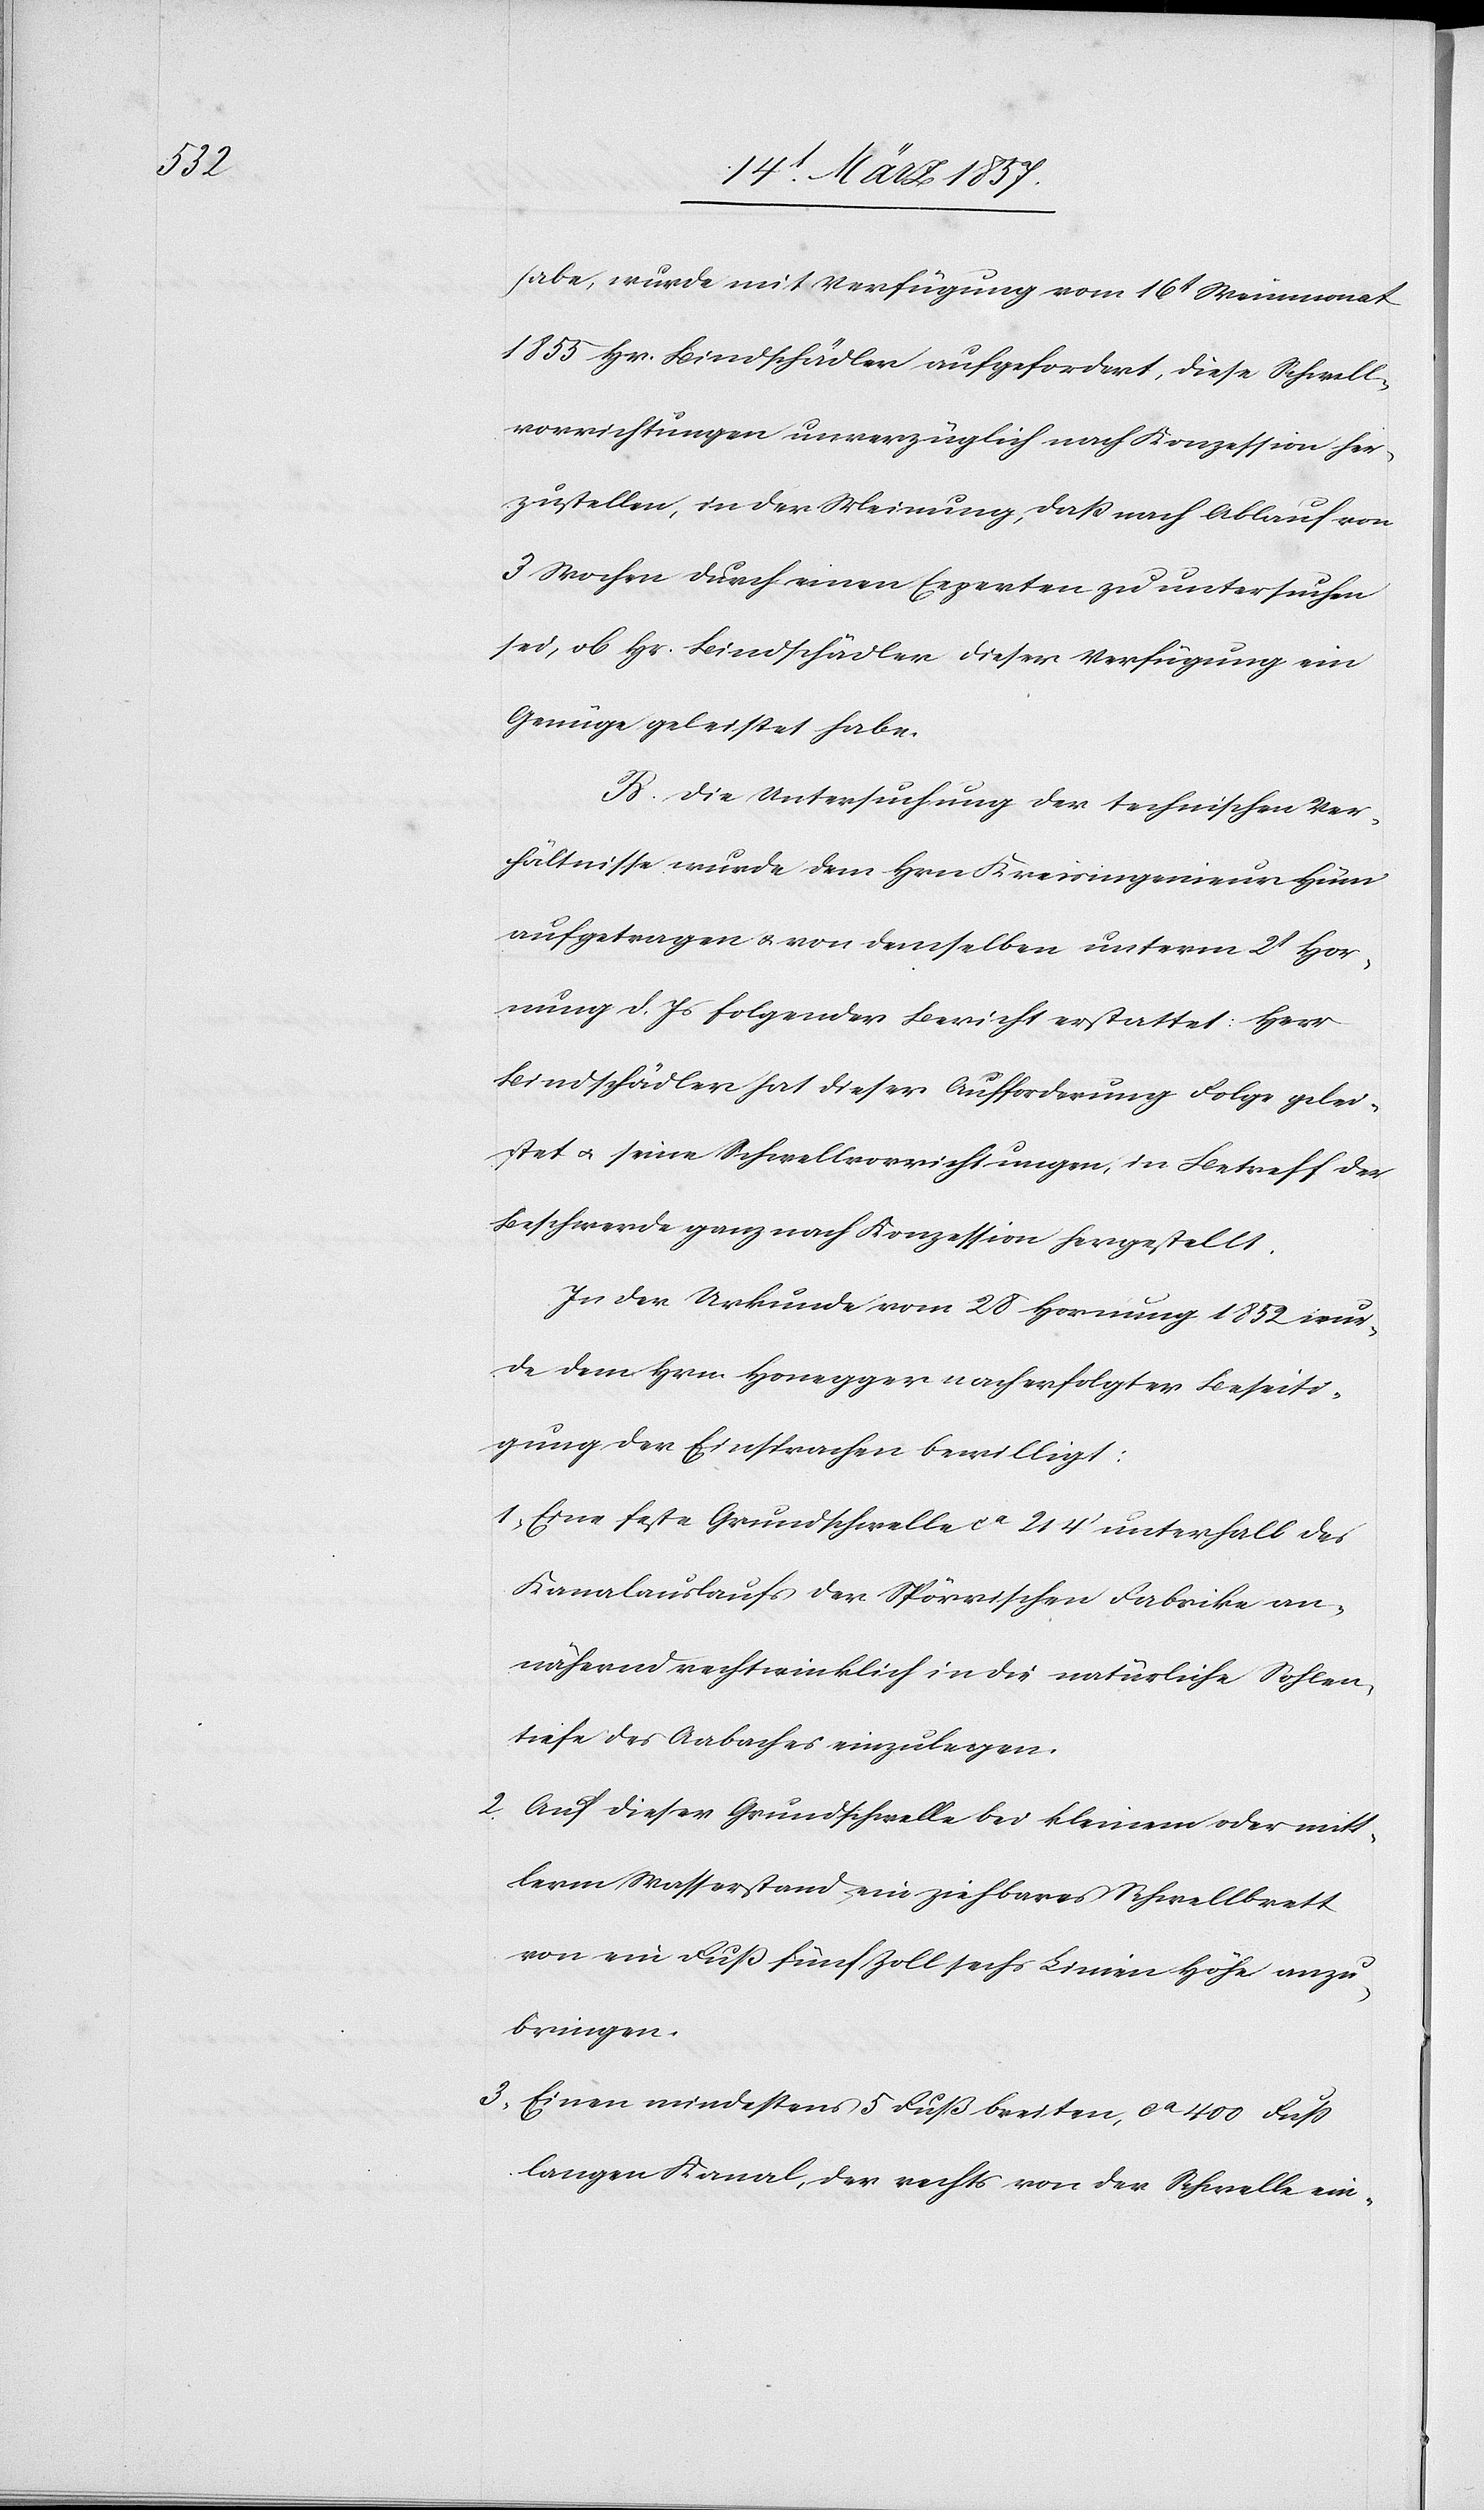
habe, wurde mit Verfügung vom 16t Weinmonat
1855 Hr. Bindschädler aufgefordert, diese Schwell¬
vorrichtungen unverzüglich nach Konzession her¬
zustellen, in der Meinung, daß nach Ablauf von
3 Wochen durch einen Experten zu untersuchen
sei, ob Hr. Bindschädler dieser Verfügung ein
Genüge geleistet habe.
B. Die Untersuchung der technischen Ver¬
hältnisse wurde dem Hrn Kreisingenieur Hüni
aufgetragen u. von demselben unterm 2t Hor¬
nung d. Js folgender Bericht erstattet: Herr
Bindschädler hat dieser Aufforderung Folge gelei¬
stet u. seine Schwellvorrichtungen, in Betreff der
Beschwerde ganz nach Konzession hergestellt.
In der Urkunde vom 28 Hornung 1852 wur¬
de dem Hrn. Honegger nach erfolgter Beseiti¬
gung der Einsprachen bewilligt:
1. Eine feste Grundschwelle ca 214‘ unterhalb des
Kanalauslaufs der Spörrischen Fabrike an¬
nähernd rechtwinklich in die natürliche Sohlen¬
tiefe des Aabaches einzulegen.
2. Auf dieser Grundschwelle bei kleinem oder mitt¬
lerm Wasserstand ein ziehbares Schwellbrett
von ein Fuß fünf Zoll sechs Linien Höhe anzu¬
bringen.
3. Einen mindestens 5 Fuß breiten, ca 400 Fuß
langen Kanal, der rechts von der schwelle ein-